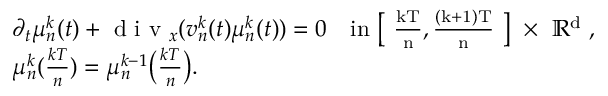
\begin{array} { r l } & { \partial _ { t } \mu _ { n } ^ { k } ( t ) + \textnormal { d i v } _ { x } ( v _ { n } ^ { k } ( t ) \mu _ { n } ^ { k } ( t ) ) = 0 \quad \mathrm { i n ~ \big [ ~ \frac { k T } { n } , \frac { ( k + 1 ) T } { n } ~ \big ] ~ \times ~ \mathbb { R } ^ d ~ } , } \\ & { \mu _ { n } ^ { k } ( \frac { k T } { n } ) = \mu _ { n } ^ { k - 1 } \big ( \frac { k T } { n } \big ) . } \end{array}